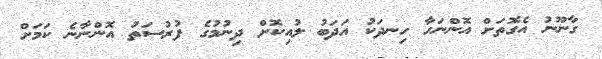
ގާނޫނު އެގޮތަށް އޮންނަހާ ހިނދަކު އަދަބު ލުއިކޮށް ދިނުމުގެ ފުރުސަތު އޮންނާނެ ކަމަށް